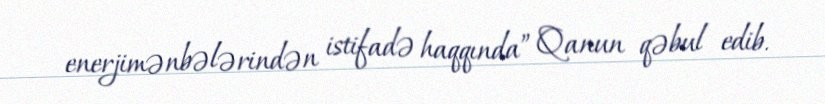
enerjimənbələrindən istifadə haqqında” Qanun qəbul edib.